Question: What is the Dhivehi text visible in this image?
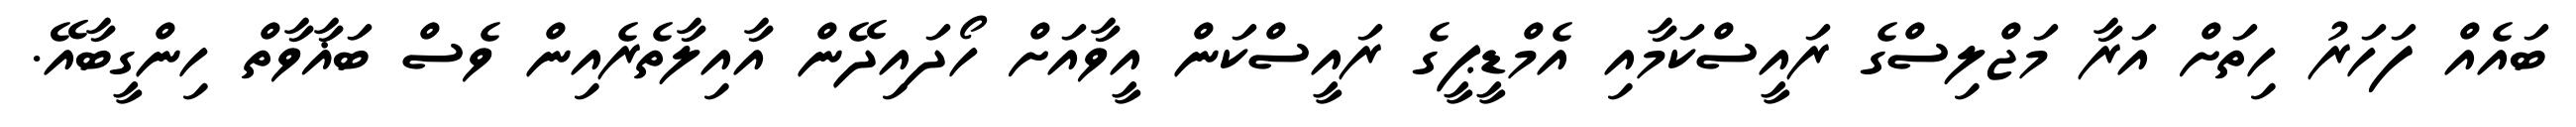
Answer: ބައެއް ފަހަރު ހިތަށް އަރާ މަޖްލިސްގެ ރައީސްކަމާއި އެމްޑީޕީގެ ރައީސްކަން އީވާއަށް ހޯދައިދޭން އާއިލާތެރެއިން ވެސް ބަޣާވާތް ހިންގީބާއޭ.